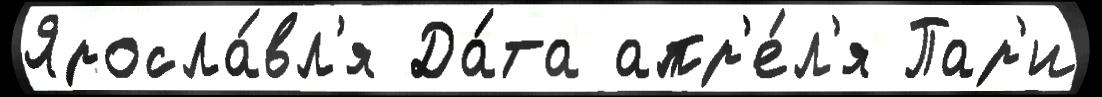
Яросла́вл'я Да́та апр'е́л'я Пар'и